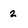
Character: 2